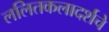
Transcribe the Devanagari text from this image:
ललितकलादर्शचे